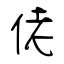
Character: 佬